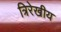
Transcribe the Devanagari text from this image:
त्रिरेखीय